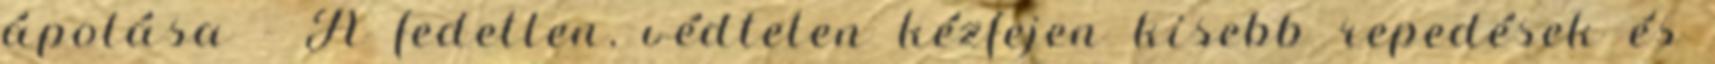
ápolása - A fedetlen, védtelen kézfejen kisebb repedések és